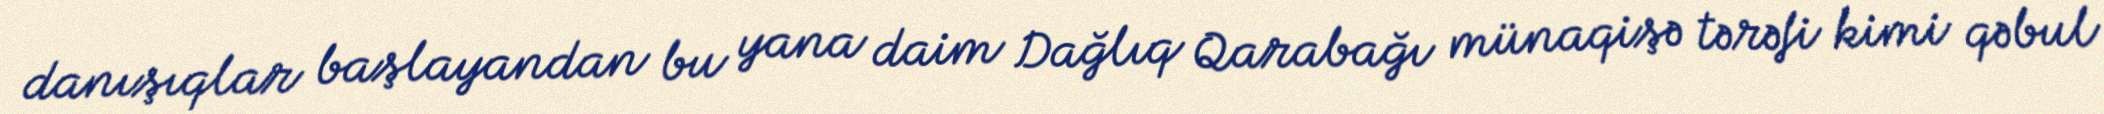
danışıqlar başlayandan bu yana daim Dağlıq Qarabağı münaqişə tərəfi kimi qəbul